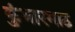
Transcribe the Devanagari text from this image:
कुंभारमाठ